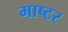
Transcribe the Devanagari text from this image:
माष्टर